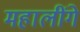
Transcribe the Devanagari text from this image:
महालींगे